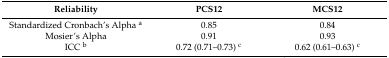
<table><thead><tr><td><b>Reliability</b></td><td><b>PCS12</b></td><td><b>MCS12</b></td></tr></thead><tbody><tr><td>Standardized Cronbach’s Alpha <sup>a</sup></td><td>0.85</td><td>0.84</td></tr><tr><td>Mosier’s Alpha</td><td>0.91</td><td>0.93</td></tr><tr><td>ICC <sup>b</sup></td><td>0.72 (0.71–0.73) <sup>c</sup></td><td>0.62 (0.61–0.63) <sup>c</sup></td></tr></tbody></table>